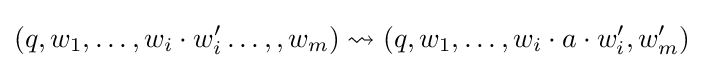
(q,w_{1},\dots ,w_{i}\cdot w'_{i}\dots ,,w_{m})\rightsquigarrow (q,w_{1},\dots ,w_{i}\cdot a\cdot w'_{i},w'_{m})